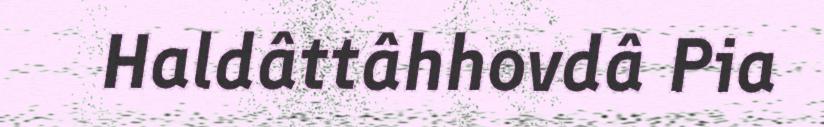
Haldâttâhhovdâ Pia